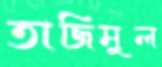
তাজিমুল